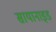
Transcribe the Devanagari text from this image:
सायानाइड